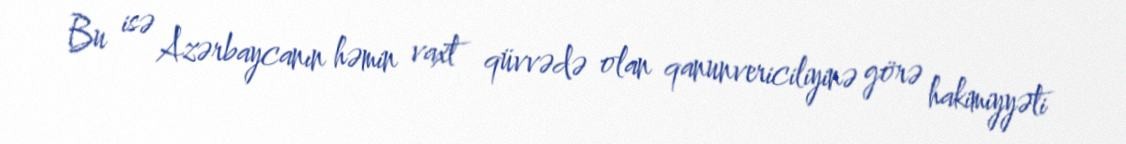
Bu isə Azərbaycanın həmin vaxt qüvvədə olan qanunvericiliyinə görə hakimiyyəti